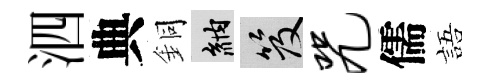
泗典銅納笈咒儒語